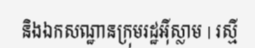
និងឯកសណ្ឋានក្រុមរដ្ឋអ៊ីស្លាម | រស្មី